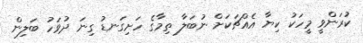
ކުރަންވީ މީހަކު ކިޔާ އެއްޗަކަށް ނުބަލާ ތިމާގެ ހަށިގަނޑު ގިނަ ދުވަހު ބަލިން